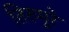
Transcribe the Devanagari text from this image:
तिरुमुरे